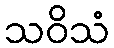
သဝိသံ